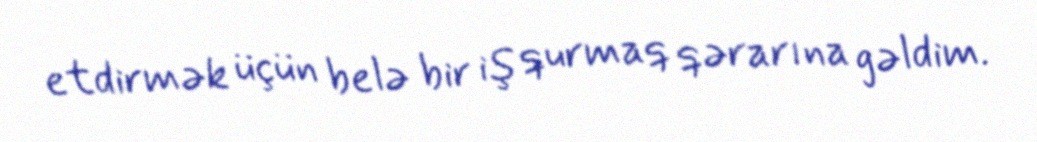
etdirmək üçün belə bir iş qurmaq qərarına gəldim.